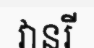
វានរី